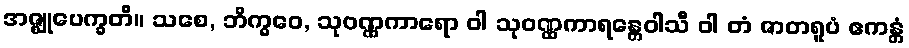
အဇ္ဈုပေက္ခတိ။ သစေ, ဘိက္ခဝေ, သုဝဏ္ဏကာရော ဝါ သုဝဏ္ဏကာရန္တေဝါသီ ဝါ တံ ဇာတရူပံ ဧကန္တံ